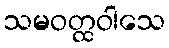
သမဝတ္ထဝါသေ